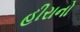
હીરાનો